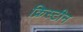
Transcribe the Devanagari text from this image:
क्रिस्‍टीन